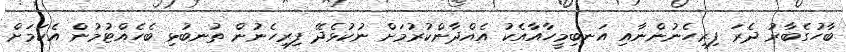
ބާހުގެބާރު ދެރަ ފިރިހެނުންނާއި އަނބިމީހާއާއެކު އެއްދާންކުރުމަށް ނުކުޅެދޭ ފިރިހެނުން ތުނބުޅި ބެހެއްޓުމުން އެކަމަށް